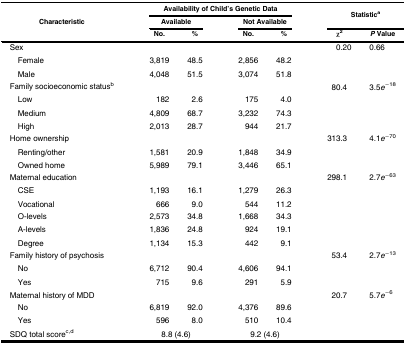
<table><thead><tr><td rowspan="3"><b>Characteristic</b></td><td colspan="4"><b>Availability of Child&#x27;s Genetic Data</b></td><td rowspan="2" colspan="2"><b>Statistic<sup>a</sup></b></td></tr><tr><td colspan="2"><b>Available</b></td><td colspan="2"><b>Not Available</b></td></tr><tr><td><b>No.</b></td><td><b>%</b></td><td><b>No.</b></td><td><b>%</b></td><td><b>χ<sup>2</sup></b></td><td><b><i>P</i> Value</b></td></tr></thead><tbody><tr><td>Sex</td><td></td><td></td><td></td><td></td><td>0.20</td><td>0.66</td></tr><tr><td> Female</td><td>3,819</td><td>48.5</td><td>2,856</td><td>48.2</td><td></td><td></td></tr><tr><td> Male</td><td>4,048</td><td>51.5</td><td>3,074</td><td>51.8</td><td></td><td></td></tr><tr><td>Family socioeconomic status<sup>b</sup></td><td></td><td></td><td></td><td></td><td>80.4</td><td>3.5<i>e</i><sup>−18</sup></td></tr><tr><td> Low</td><td>182</td><td>2.6</td><td>175</td><td>4.0</td><td></td><td></td></tr><tr><td> Medium</td><td>4,809</td><td>68.7</td><td>3,232</td><td>74.3</td><td></td><td></td></tr><tr><td> High</td><td>2,013</td><td>28.7</td><td>944</td><td>21.7</td><td></td><td></td></tr><tr><td>Home ownership</td><td></td><td></td><td></td><td></td><td>313.3</td><td>4.1<i>e</i><sup>−70</sup></td></tr><tr><td> Renting/other</td><td>1,581</td><td>20.9</td><td>1,848</td><td>34.9</td><td></td><td></td></tr><tr><td> Owned home</td><td>5,989</td><td>79.1</td><td>3,446</td><td>65.1</td><td></td><td></td></tr><tr><td>Maternal education</td><td></td><td></td><td></td><td></td><td>298.1</td><td>2.7<i>e</i><sup>−63</sup></td></tr><tr><td> CSE</td><td>1,193</td><td>16.1</td><td>1,279</td><td>26.3</td><td></td><td></td></tr><tr><td> Vocational</td><td>666</td><td>9.0</td><td>544</td><td>11.2</td><td></td><td></td></tr><tr><td> O-levels</td><td>2,573</td><td>34.8</td><td>1,668</td><td>34.3</td><td></td><td></td></tr><tr><td> A-levels</td><td>1,836</td><td>24.8</td><td>924</td><td>19.1</td><td></td><td></td></tr><tr><td> Degree</td><td>1,134</td><td>15.3</td><td>442</td><td>9.1</td><td></td><td></td></tr><tr><td>Family history of psychosis</td><td></td><td></td><td></td><td></td><td>53.4</td><td>2.7<i>e</i><sup>−13</sup></td></tr><tr><td> No</td><td>6,712</td><td>90.4</td><td>4,606</td><td>94.1</td><td></td><td></td></tr><tr><td> Yes</td><td>715</td><td>9.6</td><td>291</td><td>5.9</td><td></td><td></td></tr><tr><td>Maternal history of MDD</td><td></td><td></td><td></td><td></td><td>20.7</td><td>5.7<i>e</i><sup>−6</sup></td></tr><tr><td> No</td><td>6,819</td><td>92.0</td><td>4,376</td><td>89.6</td><td></td><td></td></tr><tr><td> Yes</td><td>596</td><td>8.0</td><td>510</td><td>10.4</td><td></td><td></td></tr><tr><td>SDQ total score<sup>c,d</sup></td><td colspan="2">8.8 (4.6)</td><td colspan="2">9.2 (4.6)</td><td></td><td></td></tr></tbody></table>